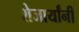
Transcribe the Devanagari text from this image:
शेजार्यांनी